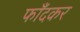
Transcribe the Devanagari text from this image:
फाँदकर